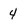
Character: 4